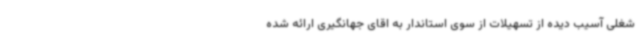
شغلی آسیب دیده از تسهیلات از سوی استاندار به اقای جهانگیری ارائه شده